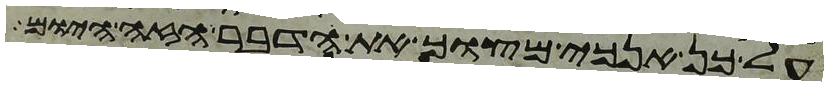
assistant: על כן אנכי מצוך את הדבר הזה היום